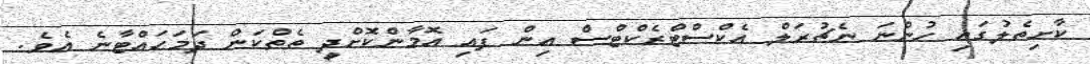
ކާށިތެލުގައި ހުންނަ ނެޗުރަލް އެކްސްޓްރެކްޓްސް އިން ފައި އޮމާންކޮށްދީ ތެތްކަން ދަމަހައްޓާނެ އެވެ.